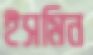
ইসমিন